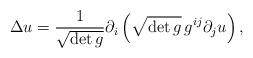
LaTeX: \begin{align*}\Delta u=\frac{1}{\sqrt{\mbox{det}\, g}}\partial _i\left( \sqrt{\mbox{det}\, g}\, g^{ij}\partial _ju\right),\end{align*}